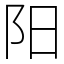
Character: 阳